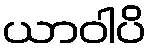
ယာဝါပိ